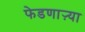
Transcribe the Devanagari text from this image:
फेडणाऱ्या